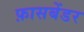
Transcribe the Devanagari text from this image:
फ़ासबेंडर